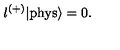
\l ^ { ( + ) } | \mathrm { p h y s } \rangle = 0 .